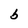
Character: b